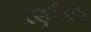
રણધીરના